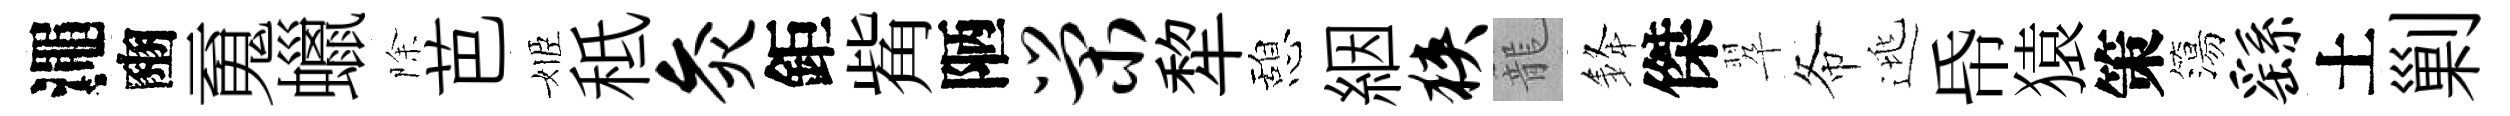
澠豳䰟蠟除芭姬秪灸鉅觜陋荣犂憩絪狭籠𨦟傑翆𢁙逃帋猿策簜繇土剿